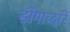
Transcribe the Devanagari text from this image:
डोंगाव्दारे